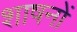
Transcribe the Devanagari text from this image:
शाषनों